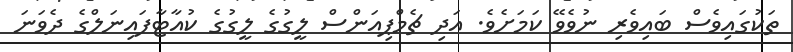
ތަކުގައިވެސް ބައިވެރި ނުވެވޭ ކަމަށެވެ. އަދި ޗެމްޕިއަންސް ލީގުގެ ލީގުގެ ކުއާޓާފައިނަލްގެ ދެވަނަ